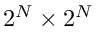
2 ^ { N } \times 2 ^ { N }